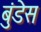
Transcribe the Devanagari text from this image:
बुंडेस